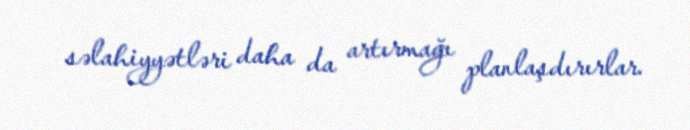
səlahiyyətləri daha da artırmağı planlaşdırırlar.